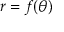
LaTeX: r = f ( \theta )